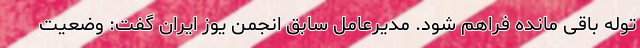
توله باقی مانده فراهم شود. مدیرعامل سابق انجمن یوز ایران گفت: وضعیت